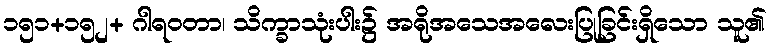
၁၅၁+၁၅၂+ ဂါရဝတာ၊ သိက္ခာသုံးပါး၌ အရိုအသေအလေးပြုခြင်းရှိသော သူ၏